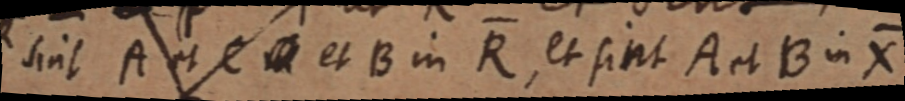
sint A et C _ et B in R, et sint A et B in X